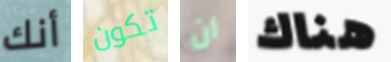
أنك تكون أن هناك